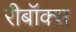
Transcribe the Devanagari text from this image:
रीबॉक्स